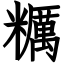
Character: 糲